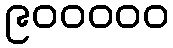
၉၀၀၀၀၀